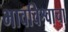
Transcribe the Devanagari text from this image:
भावविश्वाचा